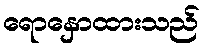
ရောနှောထားသည်